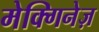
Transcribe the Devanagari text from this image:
मेक्गिनेज़